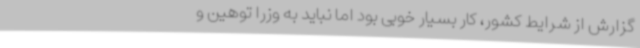
گزارش از شرایط کشور، کار بسیار خوبی بود اما نباید به وزرا توهین و